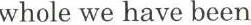
whole we have been